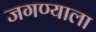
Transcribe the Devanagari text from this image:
जगण्याला